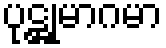
ပုဋ္ဌုမာဂမာ